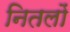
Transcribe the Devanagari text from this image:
नितलों